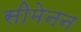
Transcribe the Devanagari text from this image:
सीमेनन